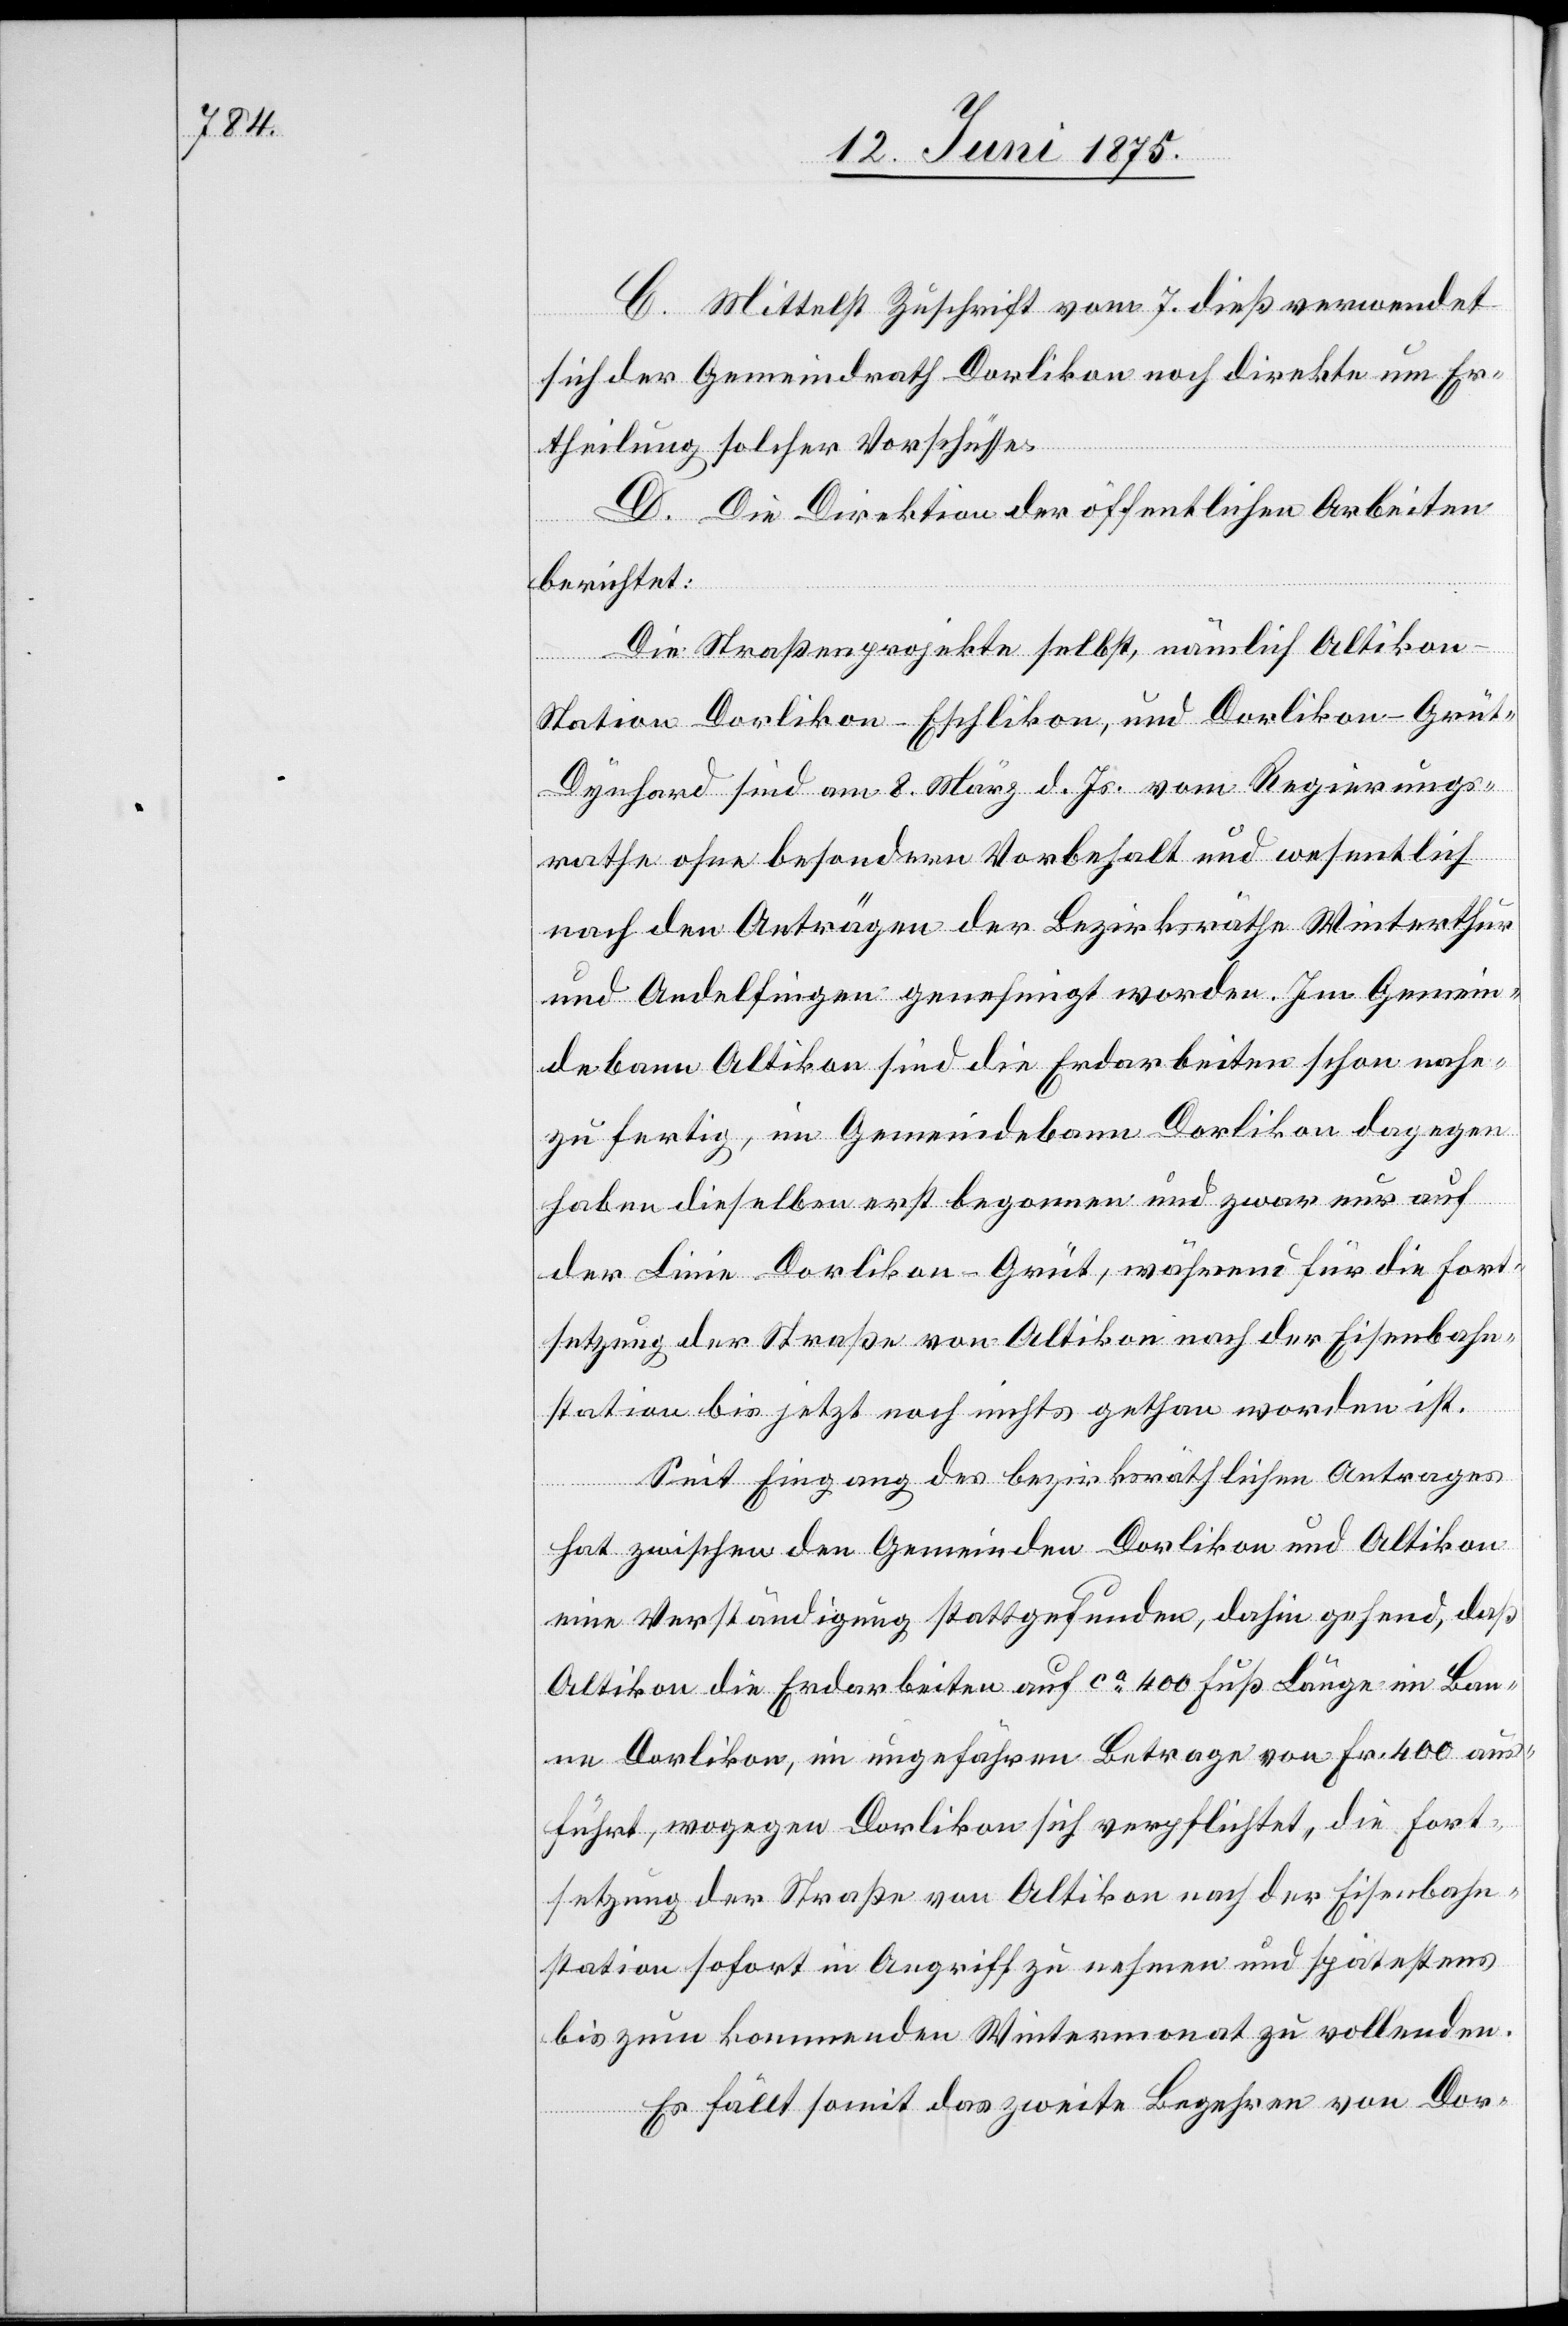
C. Mittelst Zuschrift vom 7. dieß verwendet
sich der Gemeindrath Dorlikon noch direkte um Er¬
theilung solcher Vorschüsse.
D. Die Direktion der öffentlichen Arbeiten
berichtet:
Die Straßenprojekte selbst, nämlich Altiko¬
n–Station Dorlikon–Eschlikon, und Dorlikon–Grüt
Dynhard sind am 8. März d. Js. vom Regierungs¬
rathe ohne besondern Vorbehalt und wesentlich
nach den Anträgen der Bezirksräthe Winterthur
und Andelfingen genehmigt worden. Im Gemein¬
debann Altikon sind die Erdarbeiten schon nahe¬
zu fertig, im Gemeindebann Dorlikon dagegen
haben dieselben erst begonnen und zwar nur auf
der Linie Dorlikon–Grüt, während für die Fort¬
setzung der Straße von Altikon nach der Eisenbahn¬
station bis jetzt noch nichts gethan worden ist.
Seit Eingang des bezirksräthlichen Antrages
hat zwischen den Gemeinden Dorlikon und Altikon
eine Verständigung stattgefunden, dahin gehend, daß
Altikon die Erdarbeiten auf ca 400 Fuß Länge im Ban¬
ne Dorlikon, im ungefähren Betrage von Fr. 400 aus¬
führt, wogegen Dorlikon sich verpflichtet, Fort¬
setzung der Straße von Altikon nach der Eisenbahn¬
station sofort in Angriff zu nehmen und spätestens
bis zum kommenden Wintermonat zu vollenden.
Es fällt somit das zweite Begehren von Dor-